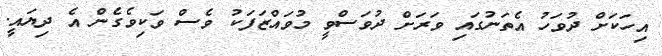
އިހަކަށް ދުވަހު އެތަނުގައި ވަރަށް ދުވަސްވީ މުވައްޒަފަކު ވެސް ވަކިވެގެން އެ ދިޔައީ.